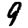
Digit: 9